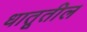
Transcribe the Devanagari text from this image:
धातूतील